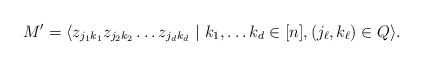
\begin{align*}M' = \langle z_{j_1 k_1} z_{j_2 k_2} \ldots z_{j_d k_d} ~|~ k_1, \ldots k_d \in [n], (j_\ell, k_\ell) \in Q \rangle. \end{align*}